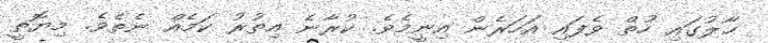
ޙާލުގައި ހުތް ވެފައި އަހަރެން އިނީމެވެ. ކުރާނެ އިތުރު ކަމެއް ނެތެވެ. މިޔޮތީ